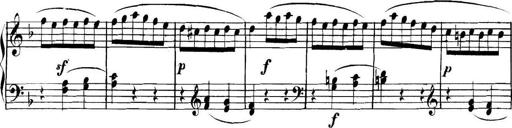
Title: Collected Piano Sonatas
Composer: Muzio Clementi